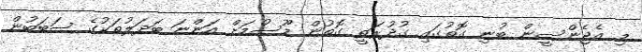
މި އެޖެންސީން ބުނި ގޮތުގައި ގުދުރަތީ ގޮތުން މޫސުމަށް އަންނަ ބަދަލުތަކުގެ ސަބަބުން